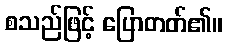
စသည်ဖြင့် ပြောတတ်၏။